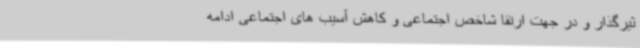
ثیرگذار و در جهت ارتقا شاخص اجتماعی و کاهش آسیب های اجتماعی ادامه